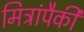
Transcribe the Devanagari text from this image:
मित्रांपैकी